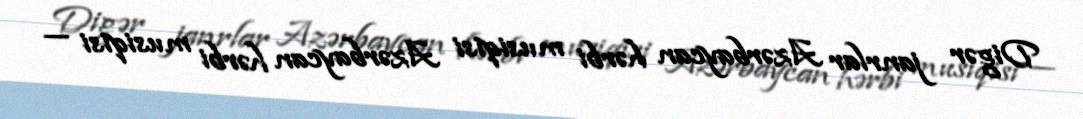
Digər janrlar Azərbaycan hərbi musiqisi Azərbaycan hərbi musiqisi —